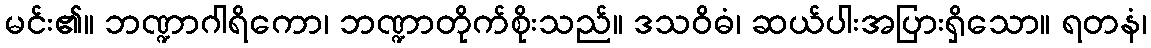
မင်း၏။ ဘဏ္ဍာဂါရိကော၊ ဘဏ္ဍာတိုက်စိုးသည်။ ဒသဝိဓံ၊ ဆယ်ပါးအပြားရှိသော။ ရတနံ၊